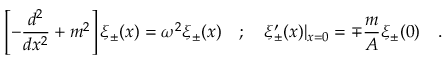
\left[ - \frac { d ^ { 2 } } { d x ^ { 2 } } + m ^ { 2 } \right] \xi _ { \pm } ( x ) = \omega ^ { 2 } \xi _ { \pm } ( x ) \quad ; \quad \xi _ { \pm } ^ { \prime } ( x ) | _ { x = 0 } = \mp \frac { m } { A } \xi _ { \pm } ( 0 ) \quad .